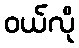
ဝယ်လို